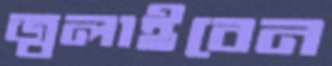
জ্বলাইবেন